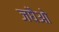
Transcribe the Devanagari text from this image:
जघैओ